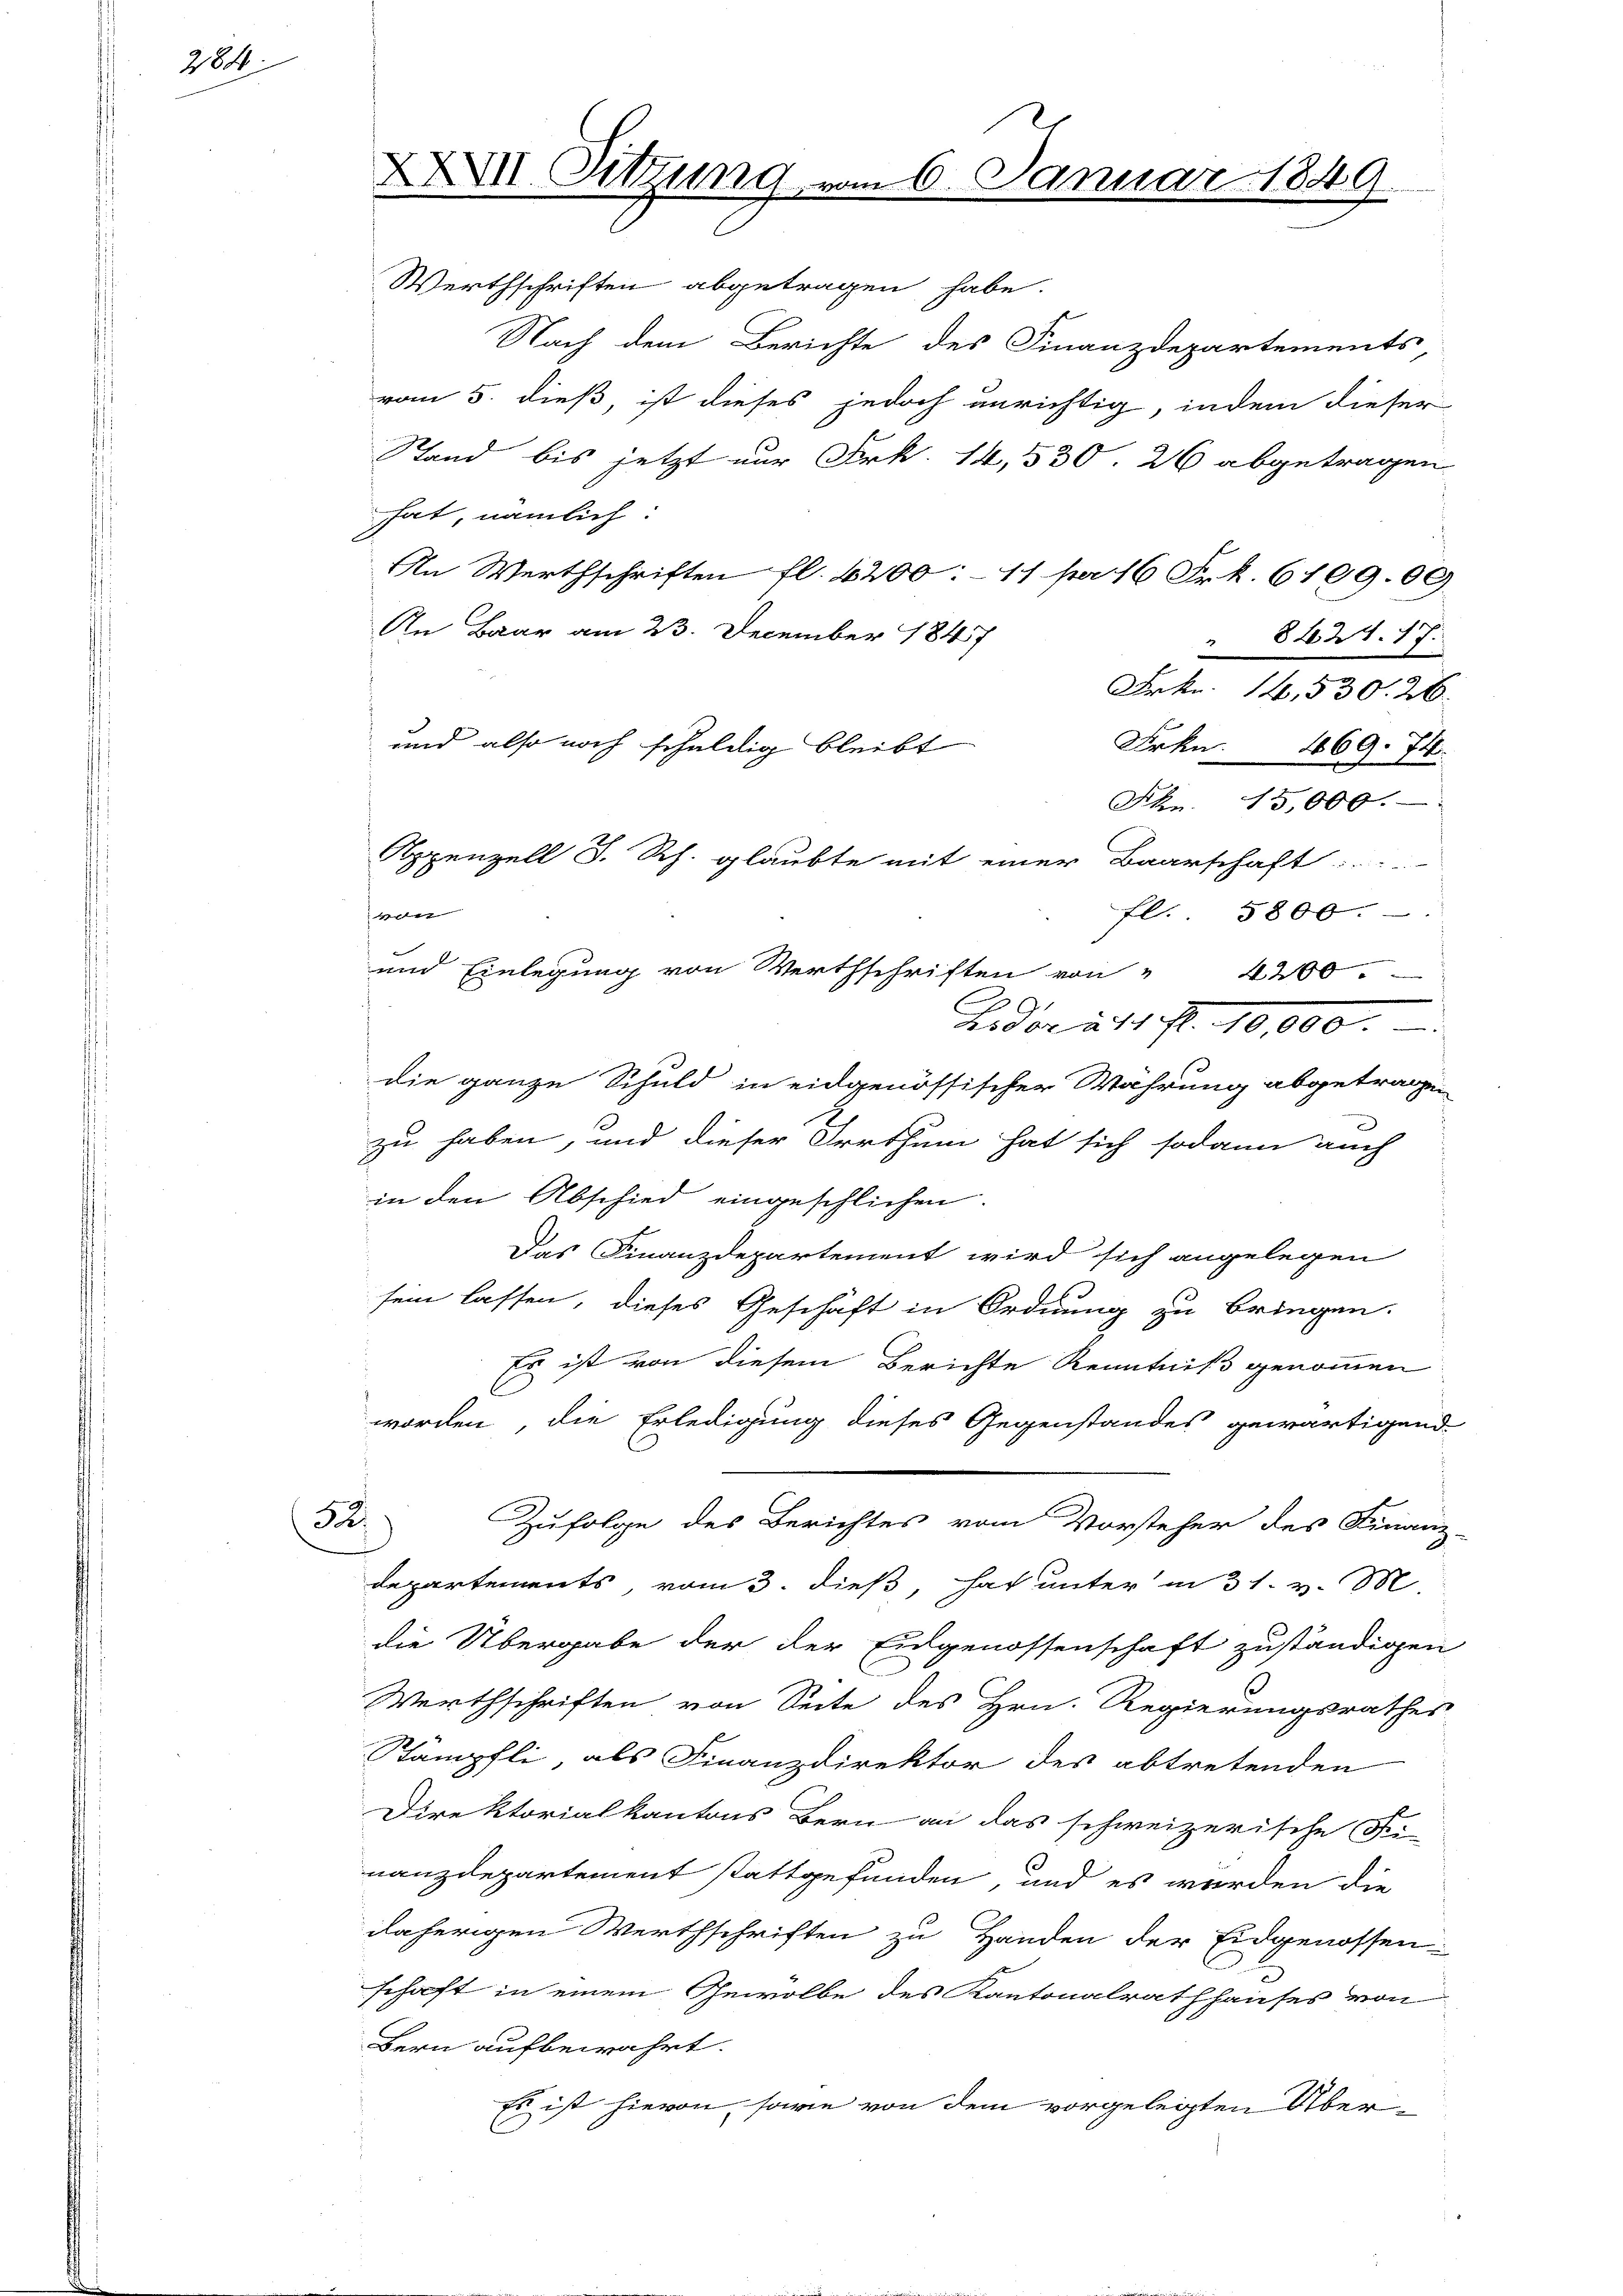
284

Werthschriften abgetragen habe.
Nach dem Berichte des Finanzdepartements
vom 5. dieß, ist dieses jedoch unrichtig, indem dieser
Stand bis jetzt nur Frk. 14, 530. 26 abgetragen
hat, nämlich:
An Werthschriften fl. 6200:11 pa 16 Frk. 6109. 09
An Baar am 23. December 1847
84. 21. 17.
d
e
Frkn. 14. 530. 26.
und also noch schuldig bleibt
Frkn. 469. 74.
Fkn. 15,000.
Appenzell I. Rh. glaubte mit einer Baarschaft .....
von
fl. 5800.
und Einlegung von Werthschriften von " 4200.
Brdar u. 11. fl.
die ganze Schuld in eidgenössischer Wahrung abgetragen
zu haben, und dieser Irrthum hat sich sodann auch
in den Abschied eingeschlichen.
Das Finanzdepartement wird sich angelegen
sein lassen, dieses Geschäft in Ordnung zu bringen.
Es ist von diesem Berichte Kenntniß genommen
worden, die Erledigung dieses Gegenstandes gewärtigend
32.
Zufolge des Berichtes vom Vorsteher des Finanz-
departements, vom 3. dieß, hat unter in 31. v. M.
die Übergabe der der Eidgenossenschaft zuständigen
Werthschriften von Seite des Hrn. Regierungsrathes
Stämpfli, als Finanzdirektor des abtretenden
Direktorialkantons Bern an das schweizerische Fi-
nanzdepartement stattgefunden und es werden die
daherigen Werthschriften zu Handen der Eidgenossen-
schaft in einem Gewölbe des Kantonalrathhauses von
Bern aufbewahrt.
Es ist hievon, sowie von dem vorgelegten Über¬

XXVII. Sitzung, vom

Januar

1 S. 9